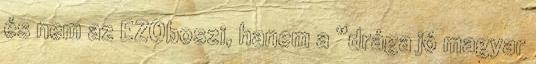
és nem az EZOboszi, hanem a “drága jó magyar